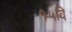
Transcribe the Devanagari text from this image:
१५वि